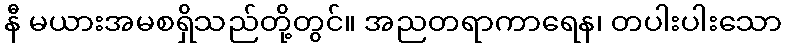
နီ မယားအမစရှိသည်တို့တွင်။ အညတရာကာရေန၊ တပါးပါးသော